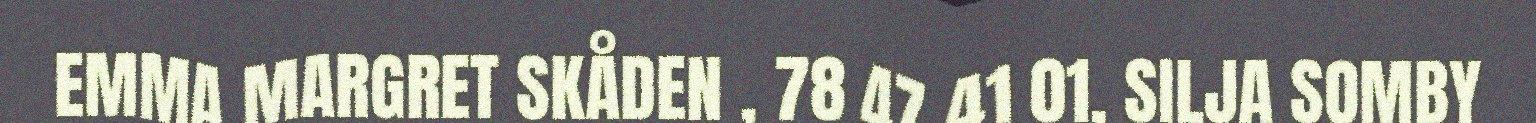
EMMA MARGRET SKÅDEN , 78 47 41 01, SILJA SOMBY